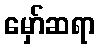
မှော်ဆရာ